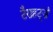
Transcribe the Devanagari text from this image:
टैराहर्ट्ज़